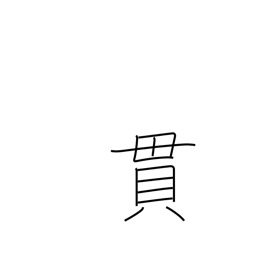
Meaning: brace